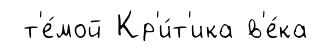
т'е́мой Кр'и́т'ика в'е́ка